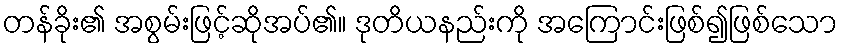
တန်ခိုး၏ အစွမ်းဖြင့်ဆိုအပ်၏။ ဒုတိယနည်းကို အကြောင်းဖြစ်၍ဖြစ်သော